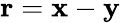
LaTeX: \textbf{r}=\textbf{x}-\textbf{y}